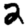
Digit: 2